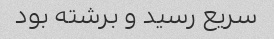
سریع رسید و برشته بود